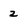
Character: 2